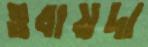
ওবায়দা